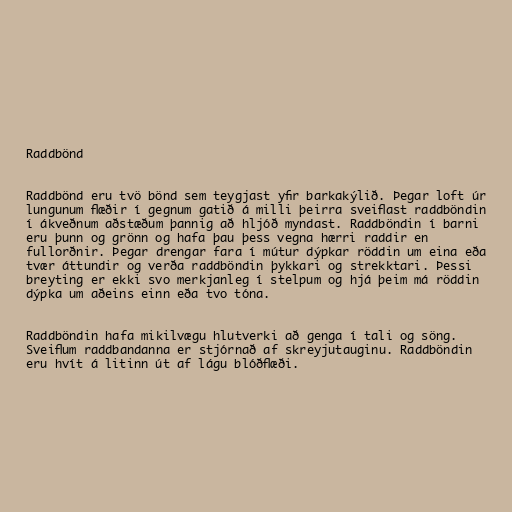
Raddbönd

Raddbönd eru tvö bönd sem teygjast yfir barkakýlið. Þegar loft úr
lungunum flæðir í gegnum gatið á milli þeirra sveiflast raddböndin
í ákveðnum aðstæðum þannig að hljóð myndast. Raddböndin í barni
eru þunn og grönn og hafa þau þess vegna hærri raddir en
fullorðnir. Þegar drengar fara í mútur dýpkar röddin um eina eða
tvær áttundir og verða raddböndin þykkari og strekktari. Þessi
breyting er ekki svo merkjanleg í stelpum og hjá þeim má röddin
dýpka um aðeins einn eða tvo tóna.

Raddböndin hafa mikilvægu hlutverki að genga í tali og söng.
Sveiflum raddbandanna er stjórnað af skreyjutauginu. Raddböndin
eru hvít á litinn út af lágu blóðflæði.